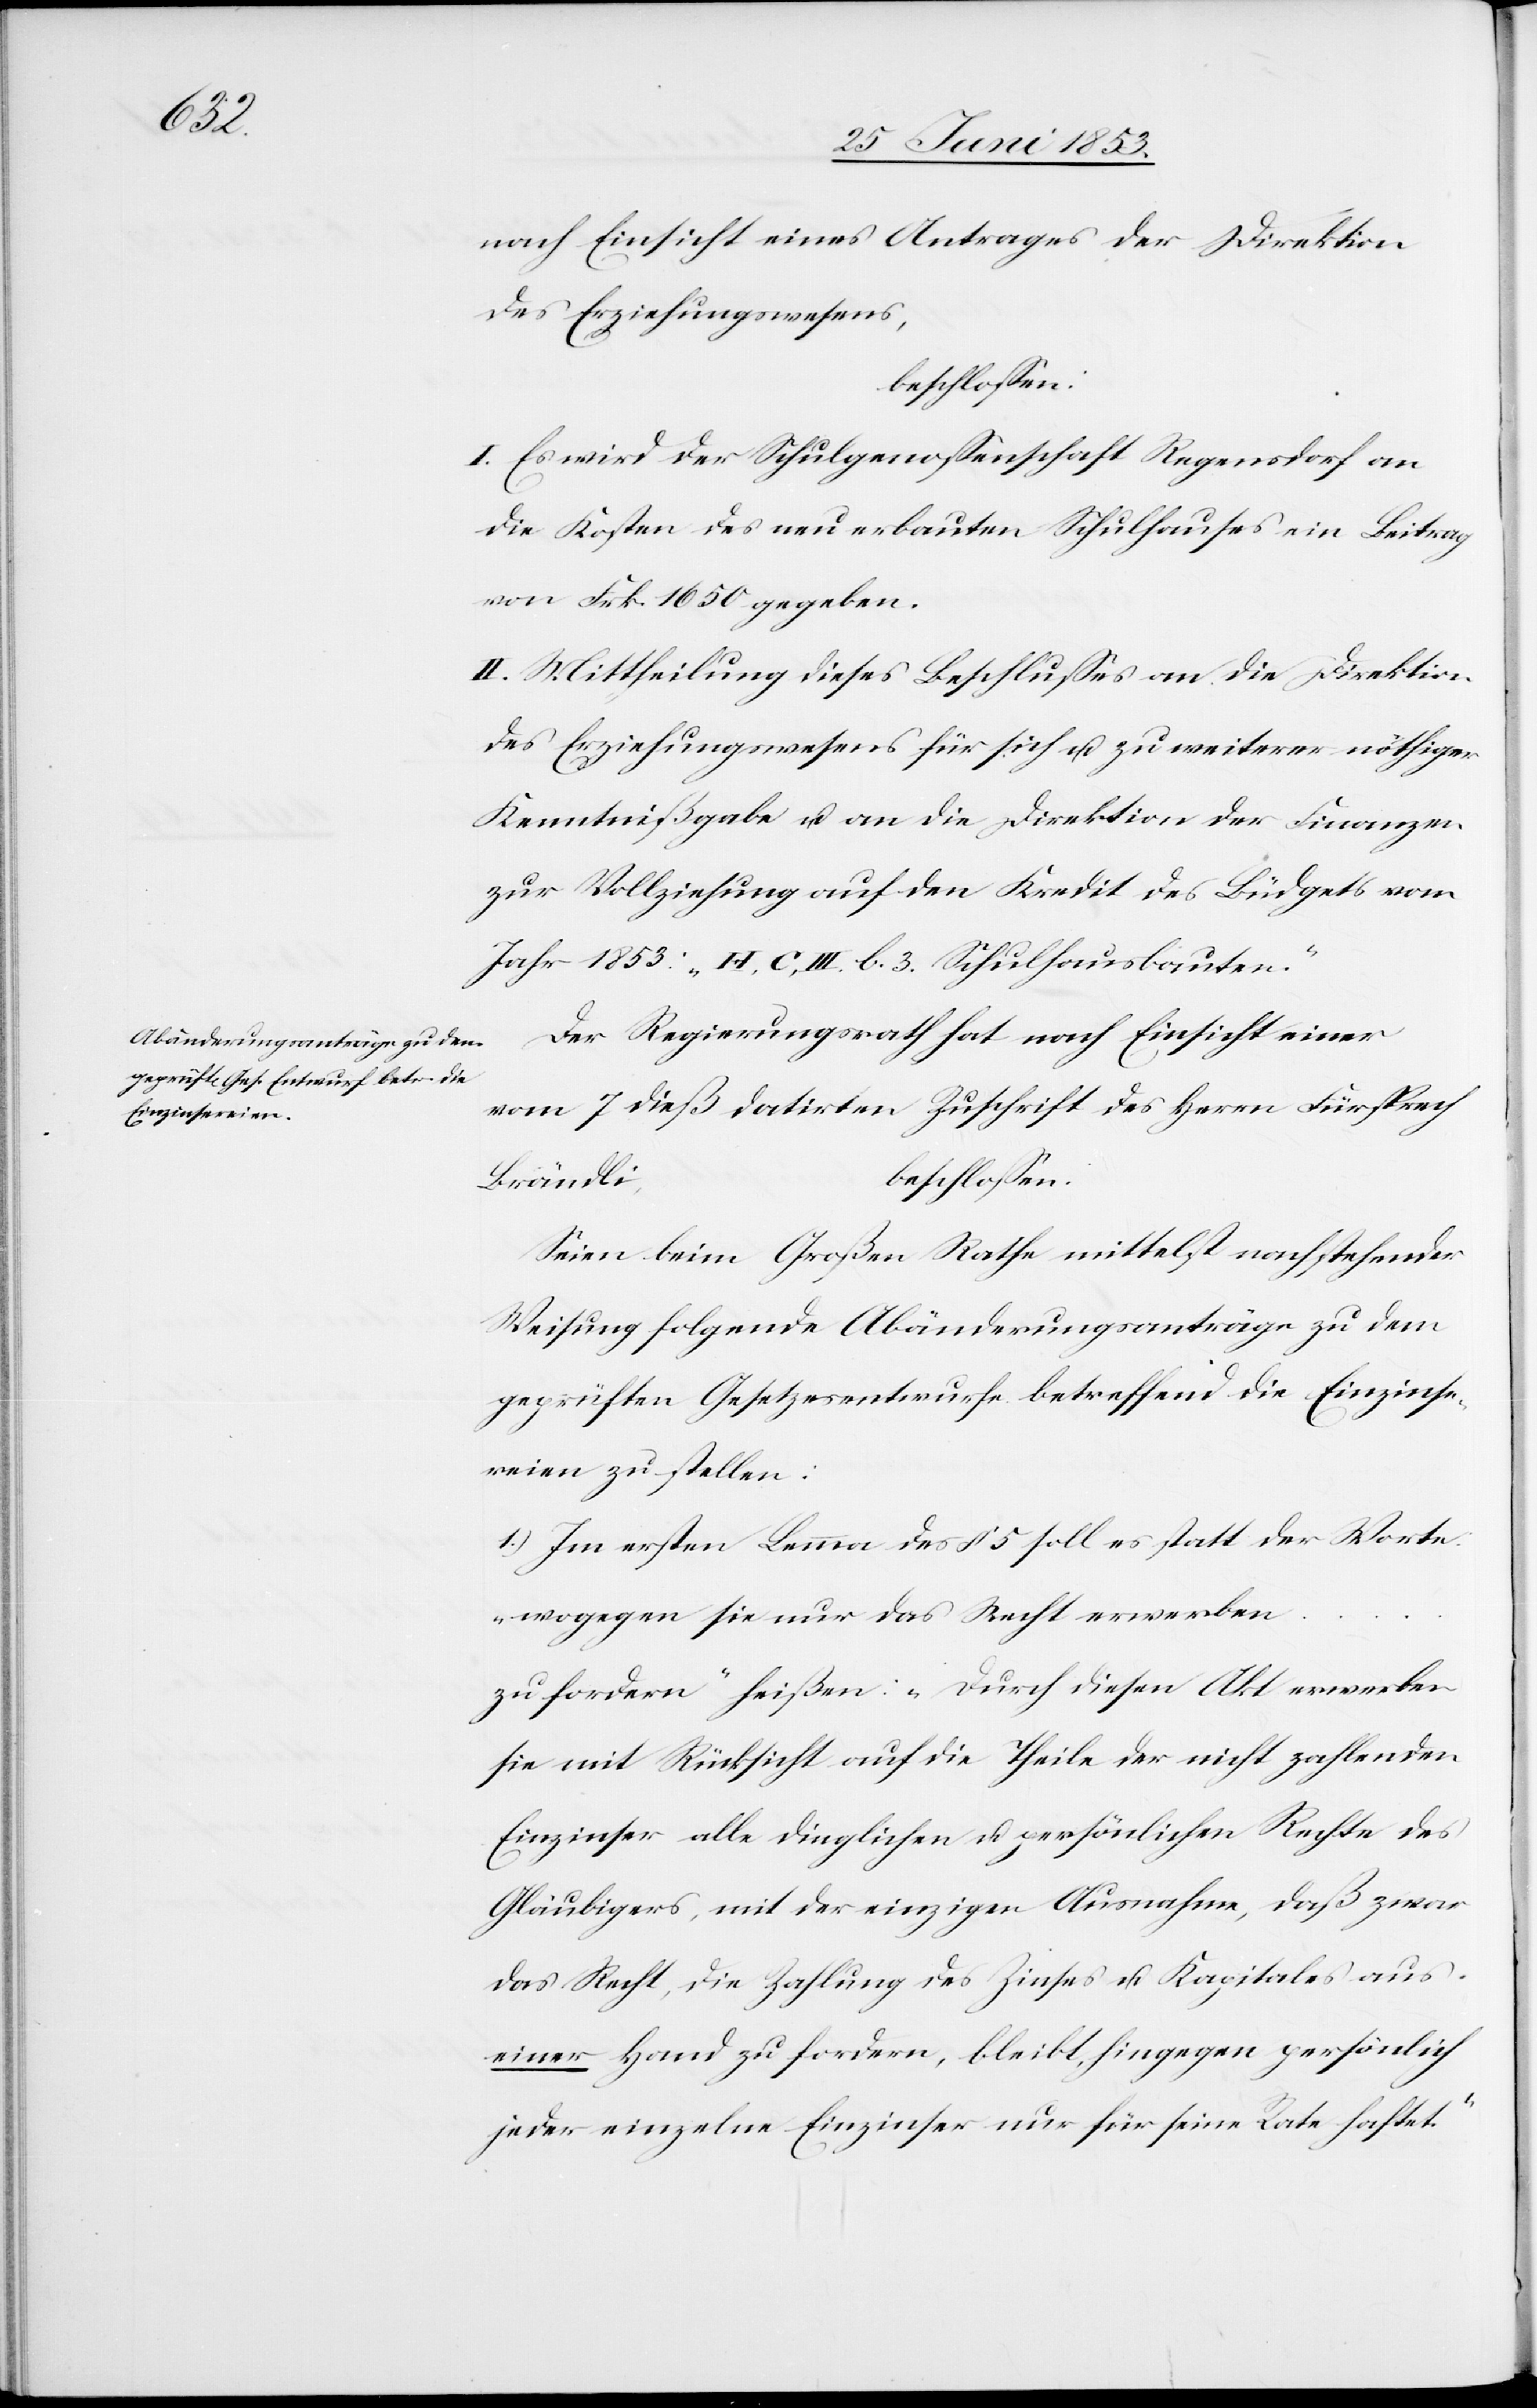
nach Einsicht eines Antrages der Direktion
des Erziehungswesens,
beschloßen:
I. Es wird der Schulgenoßenschaft Regensdorf an
die Kosten des neu erbauten Schulhauses ein Beitrag
von Frk. 1650 gegeben.
II. Mittheilung dieses Beschlußes an die Direktion
des Erziehungswesens für sich u. zu weiterer nöthiger
Kenntnißgabe u. an die Direktion der Finanzen
zur Vollziehung auf den Kredit des Büdgets vom
Jahr 1853: „H, C, III. b. 3. Schulhausbauten.“
Der Regierungsrath hat nach Einsicht einer
vom 7 dieß datirten Zuschrift des Herrn Fürsprech
Brändli,
beschloßen:
Seien beim Großen Rathe mittelst nachstehender
Weisung folgende Abänderungsanträge zu dem
geprüften Gesetzesentwurfe betreffend die Einzinse¬
reien zu stellen:
1.) Im ersten Lemma des § 5 soll es statt der Worte
„wogegen sie nur das Recht erworben
zu fordern“ heißen: „ Durch diesen Akt erworben
sie mit Rücksicht auf die Theile der nicht zahlenden
Einzinser alle dinglichen u. persönlichen Rechte des
Gläubigers, mit der einzigen Ausnahme, daß zwar
das Recht, die Zahlung des Zinses u. Kapitales aus
einer Hand zu fordern, bleibt, hingegen persönlich
jeder einzelne Einzinse nur für seine Rate haftet.“